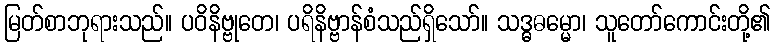
မြတ်စာဘုရားသည်။ ပဝိနိဗ္ဗုတေ၊ ပရိနိဗ္ဗာန်စံသည်ရှိသော်။ သဒ္ဓဓမ္မော၊ သူတော်ကောင်းတို့၏